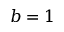
b = 1